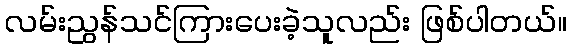
လမ်းညွန်သင်ကြားပေးခဲ့သူလည်း ဖြစ်ပါတယ်။